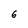
Character: 6